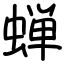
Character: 蝉